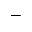
-